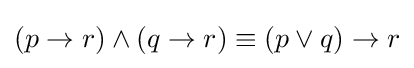
(p\rightarrow r)\wedge (q\rightarrow r)\equiv (p\vee q)\rightarrow r